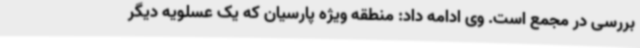
بررسی در مجمع است. وی ادامه داد: منطقه ویژه پارسیان که یک عسلویه دیگر